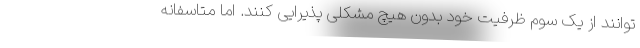
توانند از یک سوم ظرفیت خود بدون هیچ مشکلی پذیرایی کنند. اما متاسفانه